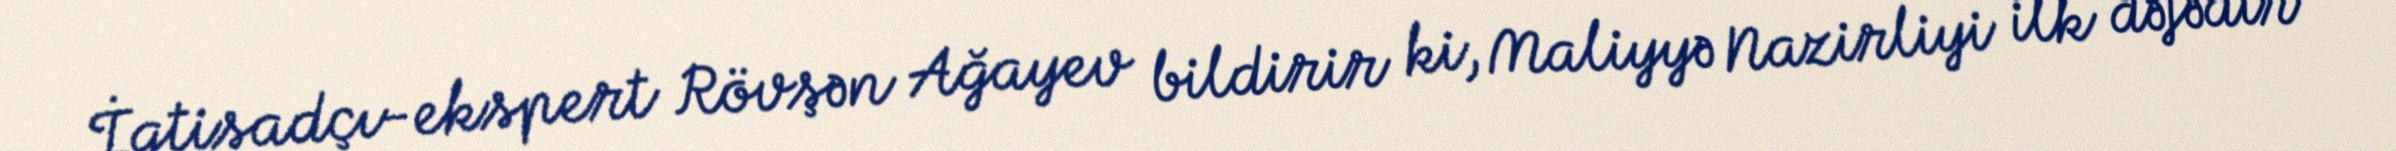
İqtisadçı-ekspert Rövşən Ağayev bildirir ki, Maliyyə Nazirliyi ilk dəfədir